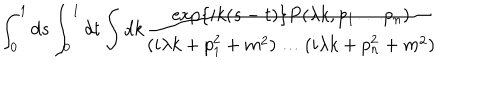
LaTeX: \int _ { 0 } ^ { 1 } d s \int _ { 0 } ^ { 1 } d t \int d k \frac { \exp \{ i k ( s - t ) \} P ( \lambda k , p _ { 1 } \ldots p _ { n } ) } { ( i \lambda k + p _ { 1 } ^ { 2 } + m ^ { 2 } ) \ldots ( i \lambda k + p _ { n } ^ { 2 } + m ^ { 2 } ) }